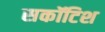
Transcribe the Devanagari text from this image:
सकॉटिश